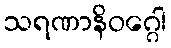
သရဏာနိဝဂ္ဂေါ